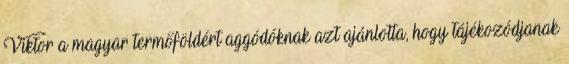
Viktor a magyar termőföldért aggódóknak azt ajánlotta, hogy tájékozódjanak